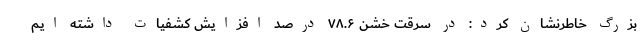
بزرگ خاطرنشان کرد: در سرقت خشن ۷۸.۶ درصد افزایش کشفیات داشته ایم